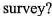
survey?